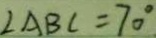
\angle A B C = 7 0 ^ { \circ }